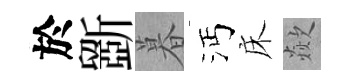
於斵暮沔床歘